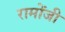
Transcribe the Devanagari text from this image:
रामोंजी